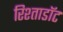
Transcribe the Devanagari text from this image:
रिश्ताडॉट